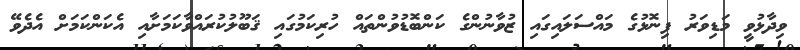
ވިދާޅުވީ މަޑިވަރު ފިނޮޅުގެ މައްސަލައިގައި ޒުވާނުންގެ ކަންބޮޑުވުންތައް ހުރިކަމުގައި ޤަބޫލުކުރައްވާކަމަށާއި އެކަންކަމަށް އެދެވޭ